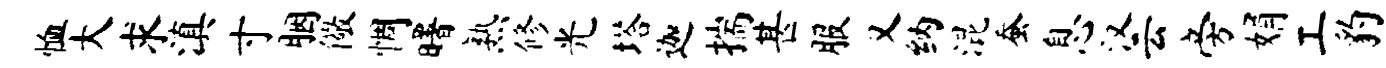
恤大求滇寸胭儆惆曙熟修光塔迦揣甚服又纳混蚕息汉云旁娟工豹